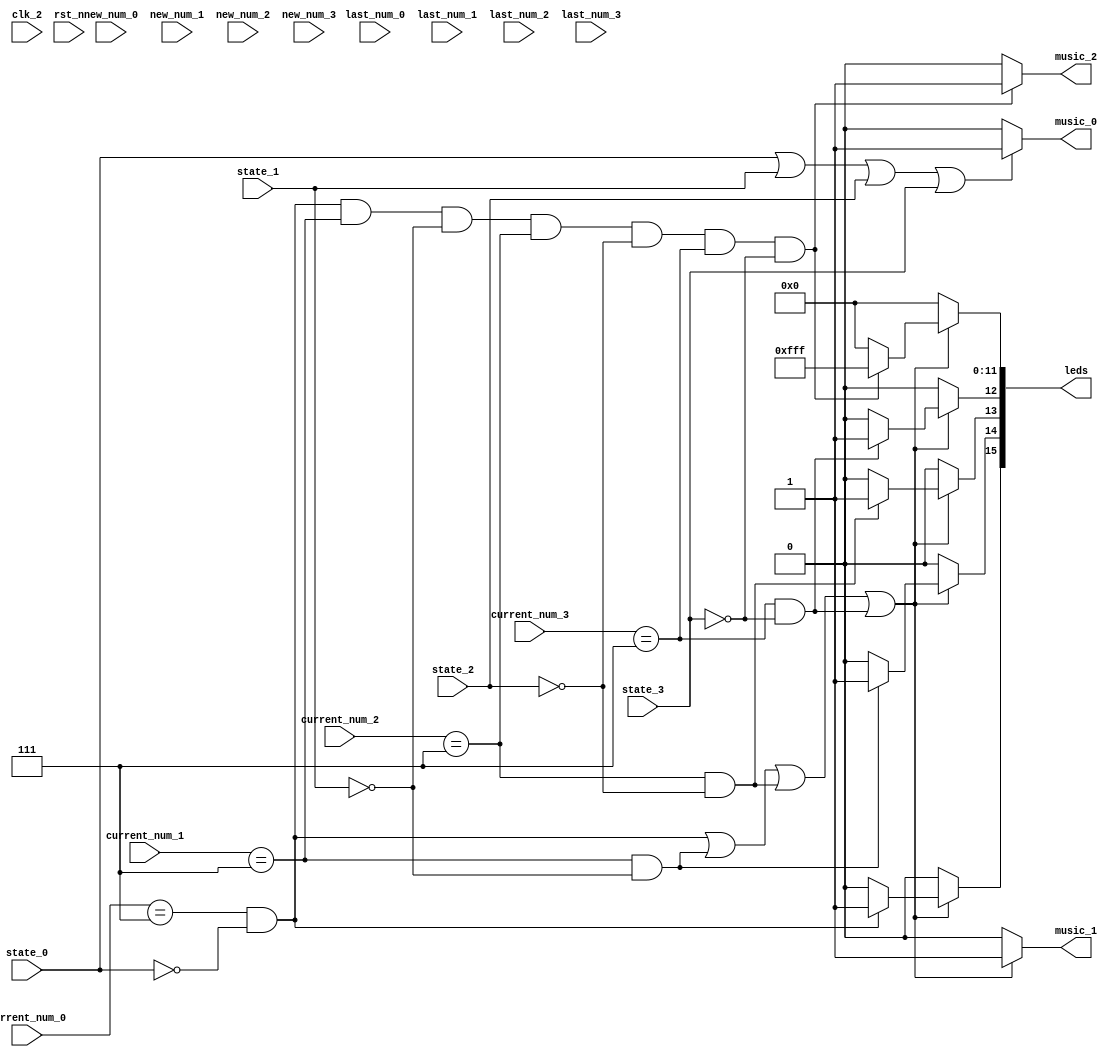
`define BINGO_1 1
`define BINGO_2 2
`define BINGO_3 3
`define BINGO_4 4
`define BINGO_5 5
`define BINGO_6 6
`define BINGO_7 7
module state_detect(
    input clk_2, rst_n,
    input [3:0] new_num_0, new_num_1, new_num_2, new_num_3,
    input [3:0] current_num_0, current_num_1, current_num_2, current_num_3,
    input [3:0] last_num_0, last_num_1, last_num_2, last_num_3,
    input state_0,
    input state_1,
    input state_2,
    input state_3,
    output reg music_0,
    output reg music_1,
    output reg music_2,
    output reg [15:0] leds
);

always @(*) begin
    if (state_0 || state_1 || state_2 || state_3)
        music_0 = 1'b1;
    else
        music_0 = 1'b0;
    if ((current_num_0 == `BINGO_7 && ~state_0) || (current_num_1 == `BINGO_7 && ~state_1) || (current_num_2 == `BINGO_7 && ~state_2) || (current_num_3 == `BINGO_7 && ~state_3)) begin
        music_1 = 1'b1;
        if (current_num_0 == `BINGO_7 && ~state_0) leds[15] = 1'b1;
        else leds[15] = 1'b0;
        if (current_num_1 == `BINGO_7 && ~state_1) leds[14] = 1'b1;
        else leds[14] = 1'b0;
        if (current_num_2 == `BINGO_7 && ~state_2) leds[13] = 1'b1;
        else leds[13] = 1'b0;
        if (current_num_3 == `BINGO_7 && ~state_3) leds[12] = 1'b1;
        else leds[12] = 1'b0;
        if (current_num_0 == `BINGO_7 && ~state_0 && current_num_1 == `BINGO_7 && ~state_1 && current_num_2 == `BINGO_7 && ~state_2 && current_num_3 == `BINGO_7 && ~state_3) leds[11:0] = 12'b111111111111;
        else leds[11:0] = 12'b000000000000;
    end
    else begin
        music_1 = 1'b0;
        leds = 16'b0000000000000000;
    end
    if(current_num_0 == `BINGO_7 && ~state_0 && current_num_1 == `BINGO_7 && ~state_1 && current_num_2 == `BINGO_7 && ~state_2 && current_num_3 == `BINGO_7 && ~state_3)
        music_2 = 1'b1;
    else
        music_2 = 1'b0;
end

endmodule